Sketch of the medical history of the native army of Bombay, for the year
Year: 1875
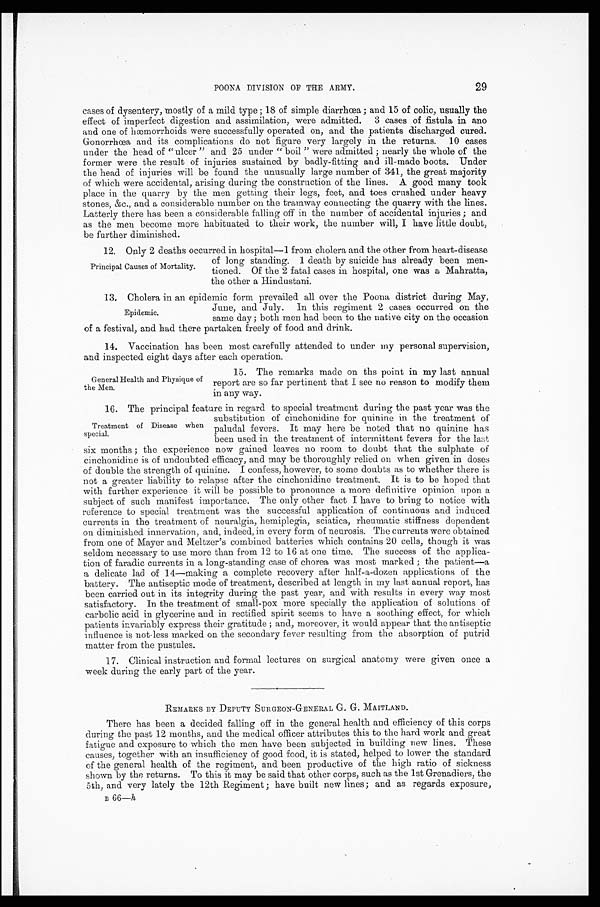
POONA DIVISION OF THE ARMY.
29
cases of dysentery, mostly of a mild type ; 18 of simple diarrhœa ; and 15 of colic, usually the
effect of imperfect digestion and assimilation, were admitted. 3 cases of fistula in ano
and one of hæmorrhoids were successfully operated on, and the patients discharged cured.
Gonorrhœa and its complications do not figure very largely in the returns. 10 cases
under the head of "ulcer" and 25 under "boil" were admitted ; nearly the whole of the
former were the result of injuries sustained by badly-fitting and ill-made boots. Under
the head of injuries will be found the unusually large number of 341, the great majority
of which were accidental, arising during the construction of the lines. A good many took
place in the quarry by the men getting their legs, feet, and toes crushed under heavy
stones, &c., and a considerable number on the tramway connecting the quarry with the lines.
Latterly there has been a considerable falling off in the number of accidental injuries ; and
as the men become more habituated to their work, the number will, I have little doubt,
be further diminished.
1 2 . O n l y 2 d e a t h s o c c u r r e d i n h o s p i t a l — I f r o m c h o l e r a a n d t h e o t h e r f r o m h e a r t - d i s e a s e
of long standing. 1 death by suicide has already been men
-tioned. Of the 2 fatal cases in hospital, one was a Mahratta,
the other a Hindustani.
13. Cholera in an epidemic form prevailed all over the Poona district during May,
June, and July.
In this regiment 2 cases occurred on the
same day ; both men had been to the native city on the occasion
of a festival, and had there partaken freely of food and drink.
14. Vaccination has been most carefully attended to under my personal supervision,
and inspected eight days after each operation.
Principal Causes of Mortality.
Epidemic.
General Health and Physique of
the Men.
15. The remarks made on ths point in my last annual
report are so far pertinent that I see no reason to modify them
in any way.
16. The principal feature in regard to special treatment during the past year was the
substitution of cinchonidine for quinine in the treatment of
paludal fevers. It may here be noted that no quinine has
been used in the treatment of intermittent fevers for the last
six months ; the experience now gained leaves no room to doubt that the sulphate of
cinchonidine is of undoubted efficacy, and may be thoroughly relied on when given in doses
of double the strength of quinine. I confess, however, to some doubts as to whether there is
not a greater liability to relapse after the cinchonidine treatment. It is to be hoped that
with further experience it will be possible to pronounce a more definitive opinion upon a
subject of such manifest importance. The only other fact I have to bring to notice with
reference to special treatment was the successful application of continuous and induced
currents in the treatment of neuralgia, hemiplegia, sciatica, rheumatic stiffness dependent
on diminished innervation, and, indeed, in every form of neurosis. The currents were obtained
from one of Mayer and Meltzer's combined batteries which contains 20 cells, though it was
seldom necessary to use more than from 12 to 16 at one time. The success of the applica
- t i o n o f f a r a d i c c u r r e n t s i n a l o n g - s t a n d i n g c a s e o f c h o r e a w a s m o s t m a r k e d ; t h e p a t i e n t — a
a delicate lad of 14—making a complete recovery after half-a-dozen applications of the
battery. The antiseptic mode of treatment, described at length in my last annual report, has
been carried out in its integrity during the past year, and with results in every way most
satisfactory. In the treatment of small-pox more specially the application of solutions of
carbolic acid in glycerine and in rectified spirit seems to have a soothing effect, for which
patients invariably express their gratitude ; and, moreover, it would appear that the antiseptic
influence is not less marked on the secondary fever resulting from the absorption of putrid.
matter from the pustules.
17. Clinical instruction and formal lectures on surgical anatomy were given once a
week during the early part of the year.
REMARKS BY DEPUTY SURGEON-GENERAL G. G. MAITLAND.
There has been a decided falling off in the general health and efficiency of this corps
during the past 12 months, and the medical officer attributes this to the hard work and great
fatigue and exposure to which the men have been subjected in building new lines. These
causes, together with an insufficiency of good food, it is stated, helped to lower the standard
of the general health of the regiment, and been productive of the high ratio of sickness
shown by the returns. To this it may be said that other corps, such as the 1st Grenadiers, the
5th, and very lately the 12th Regiment; have built new lines; and as regards exposure,
B 66—h
Treatment of Disease when
special.